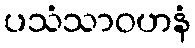
ပသံသာဝဟနံ